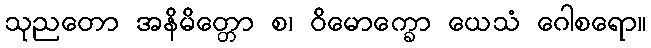
သုညတော အနိမိတ္တော စ၊ ဝိမောက္ခော ယေသံ ဂေါစရော။